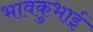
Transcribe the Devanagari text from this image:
भावकुभाई